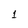
Character: 1